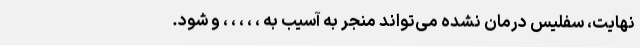
نهایت، سفلیس درمان نشده می‌تواند منجر به آسیب به ، ، ، ، ، و شود.